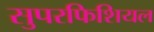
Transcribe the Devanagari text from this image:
सुपरफिशियल